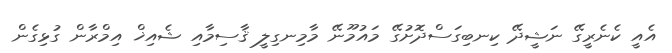
އެއީ ކެނެރީގޭ ނަޝީދޭ ކިނބިގަސްދޮށުގޭ މައުމޫނޭ މާމިނގިލީ ޤާސިމާއި ޝެއިޚް އިމްރާން ގުޅިގެން